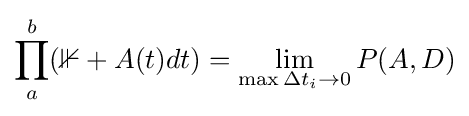
\prod _{a}^{b}(\mathbb {1} +A(t)dt)=\lim _{\max \Delta t_{i}\to 0}P(A,D)